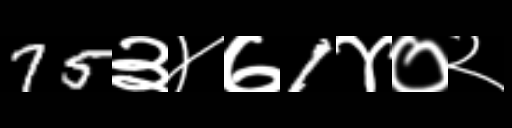
Text: 75३४७1४०२